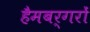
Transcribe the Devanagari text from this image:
हैमबर्गरों